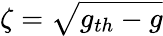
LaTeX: \zeta=\sqrt{g_{th}-g}